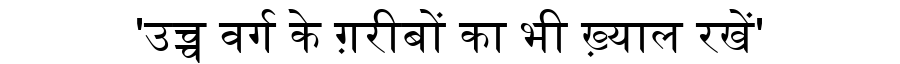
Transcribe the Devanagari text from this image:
'उच्च वर्ग के ग़रीबों का भी ख़्याल रखें'